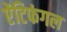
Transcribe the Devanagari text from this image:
ऐंटिफंगल